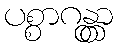
ပစ္စာဂန္တွာ